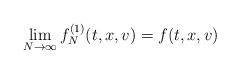
LaTeX: \begin{align*}\lim_{N \rightarrow \infty}f_N^{(1)} (t,x,v) =f(t,x,v)\end{align*}